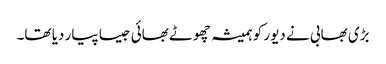
بڑی بھابی نے دیور کو ہمیشہ چھوٹے بھائی جیسا پیار دیا تھا۔